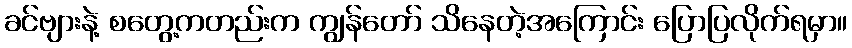
ခင်ဗျားနဲ့ စတွေ့ကတည်းက ကျွန်တော် သိနေတဲ့အကြောင်း ပြောပြလိုက်ရမှာ။